Report on enteric fever
Disease focus: Fever
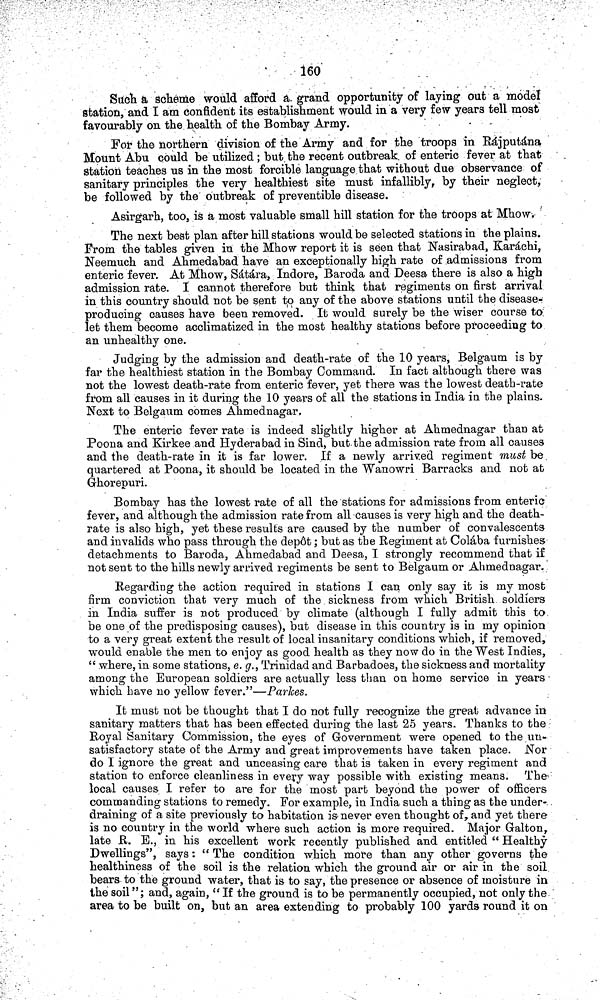
160
Such a scheme would afford a grand opportunity of laying out a model
station, and I am confident its establishment would in a very few years tell most
favourably on the health of the Bombay Army.
For the northern division of the Army and for the troops in Ráputána
Mount Abu could be utilized ; but the recent outbreak of enteric fever at that
Station teaches us in the most forcible language that without due observance of
sanitary principles the very healthiest site must infallibly, by their neglect,
be followed by the outbreak of preventible disease.
Asirgarh, too, is a most valuable small hill station for the troops at Mhow,
The next best plan after hill stations would be selected stations in the plains.
Prom the tables given in the Mhow report it is seen that Nasirabad, Karáchi,
Neemuch and Ahmedabad have an exceptionally high rate of admissions from
enteric fever. At Mhow, Sátára, Indore, Baroda and Deesa there is also a high
admission rate. I cannot therefore but think that regiments on first arrival
in this country should not be sent to any of the above stations until the disease-
producing causes have been removed. It would surely be the wiser course to
let them become acclimatized in the most healthy stations before proceeding to
an unhealthy one.
Judging by the admission and death-rate of the 10 years, Belgaum is by
far the healthiest station in the Bombay Command. In fact although there was
not the lowest death-rate from enteric fever, yet there was the lowest death-rate
from all causes in it during the 10 years of all the stations in India in the plains.
Next to Belgaum comes Ahmednagar.
The enteric fever rate is indeed slightly higher at Ahmednagar than at
Poona and Kirkee and Hyderabad in Sind, but the admission rate from all causes
and the death-rate in it is far lower. If a newly arrived regiment must be
quartered at Poona, it should be located in the Wanowri Barracks and not at
G-horepuri.
Bombay has the lowest rate of all the stations for admissions from enteric
fever, and although the admission rate from all causes is very high and the death-
rate is also high, yet these results are caused by the number of convalescents
and invalids who pass through the depôt; but as the Regiment at Colába furnishes
detachments to Baroda, Ahmedabad and Deesa, I strongly recommend that if
not sent to the hills newly arrived regiments be sent to Belgaum or Ahmednagar.
Regarding the action required in stations I can only say it is my most
firm conviction that very much of the sickness from which British soldiers
in India suffer is not produced by climate (although I fully admit this to
be one of the predisposing causes), but disease in this country is in my opinion
to a very great extent the result of local insanitary conditions which, if removed,
would enable the men to enjoy as good health as they now do in the West Indies,
" where, in some stations, e. g., Trinidad and Barbadoes, the sickness and mortality
among the European soldiers are actually less than on home service in years
which have no yellow fever."—Parlces.
It must not be thought that I do not fully recognize the great advance in
sanitary matters that has been effected during the last 25 years. Thanks to the
Royal Sanitary Commission, the eyes of Government were opened to the un-
satisfactory state of the Army and great improvements have taken place. Nor
do I ignore the great and unceasing care that is taken in every regiment and
station to enforce cleanliness in every way possible with existing means. The
local causes I refer to are for the most part beyond the power of officers
commanding stations to remedy. For example, in India such a thing as the under-
draining of a site previously to habitation is never even thought of, and yet there
is no country in the world where such action is more required. Major Galton,
late R. E., in his excellent work recently published and entitled " Healthy
Dwellings", says: " The condition which more than any other governs the
healthiness of the soil is the relation which the ground air or air in the soil
bears to the ground water, that is to say, the presence or absence of moisture in
the soil"; and, again, "If the ground is to be permanently occupied, not only the
area to be built on, but an area extending to probably 100 yards round it on